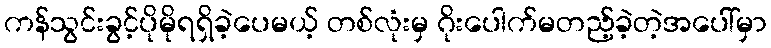
ကန်သွင်းခွင့်ပိုမိုရရှိခဲ့ပေမယ့် တစ်လုံးမှ ဂိုးပေါက်မတည့်ခဲ့တဲ့အပေါ်မှာ